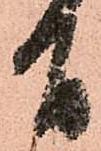
有